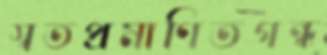
স্বতপ্রমাণিতগন্ধ